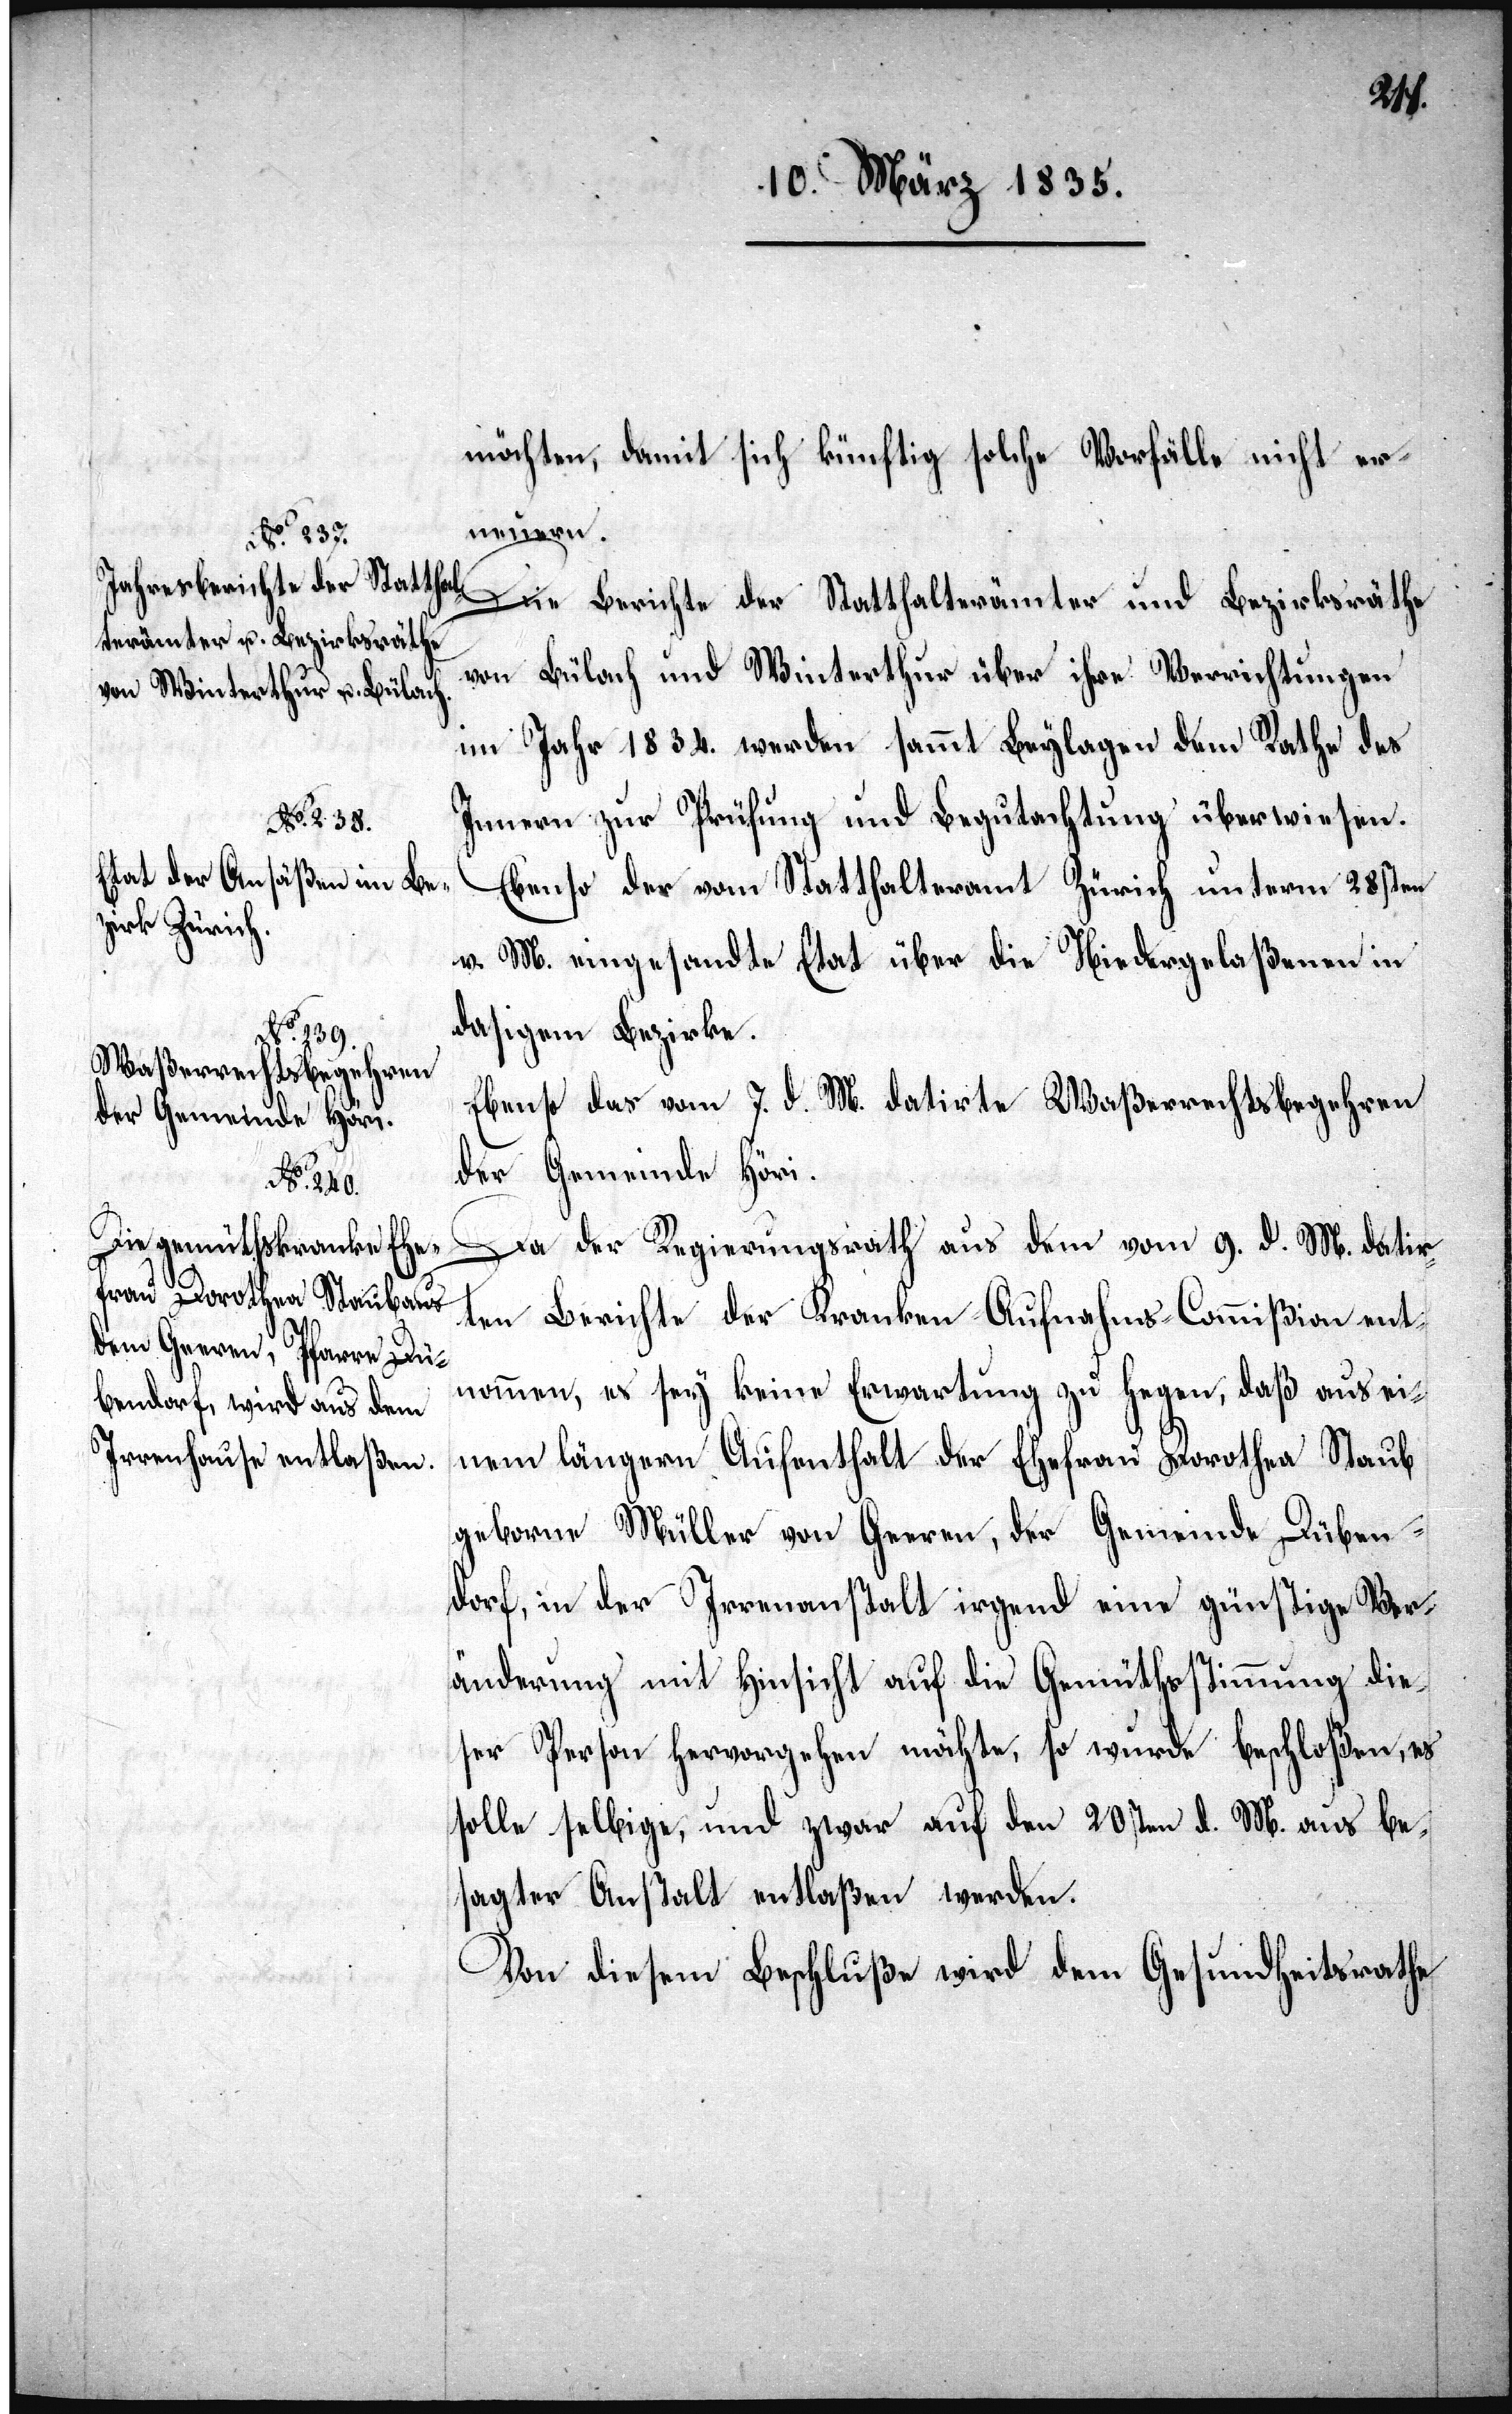
möchten, damit sich künftig solche Vorfälle nicht er¬
neuern.
terämter und Bezirksräthe
von Bülach und Winterthur über ihre Verrichtungen
im Jahr 1834. werden sammt Beylagen dem Rathe des
Innern zur Prüfung und Begutachtung überwiesen.
Ebenso der vom Statthalteramt Zürich unterm 28sten
v. M. eingesandte Etat über die Niedergelaßenen in
dasigem Bezirke.
Ebenso das vom 7. d. M. datirte Waßerrechtsbegehren
der Gemeinde Höri.
Die Berichte der Statthal¬
Da der Regierungsrath aus dem vom 9. d. M. datir¬
ten Bericht der Kranken-Commißion ent¬
nommen, es sey keine Erwartung zu hegen, daß aus ei¬
nem längern Aufenthalt der Ehefrau Dorothea Staub
geborne Müller von Geeren, der Gemeinde Düben¬
dorf, in der Irrenanstalt irgend eine günstige Ver¬
änderung mit Hinsicht auf die Gemüthsstimmung die¬
ser Person hervorgehen möchte, so wurde beschloßen, es
solle selbige, und zwar auf den 20sten d. M. aus bes¬
agter Anstalt entlaßen werden.
Von diesem Beschluße wird dem Gesundheitsrathe